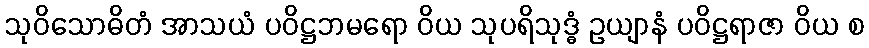
သုဝိသောဓိတံ အာသယံ ပဝိဋ္ဌဘမရော ဝိယ သုပရိသုဒ္ဓံ ဥယျာနံ ပဝိဋ္ဌရာဇာ ဝိယ စ